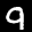
Label: 9